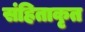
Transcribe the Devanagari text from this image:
संहिताकृत